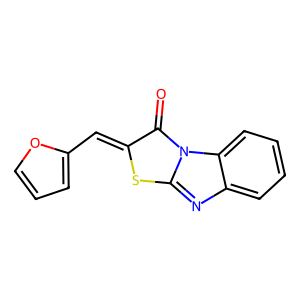
SMILES: O=c1c(=Cc2ccco2)sc2nc3ccccc3n12
Inhibits HIV replication: No